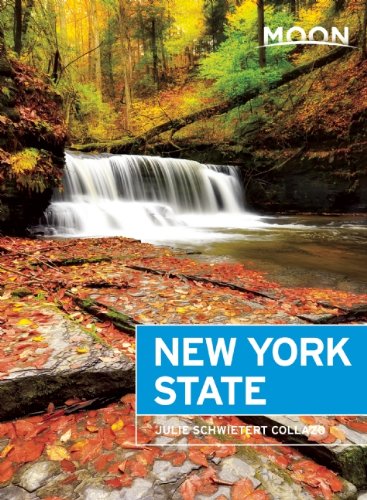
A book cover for Moon New York State (Moon Handbooks); Julie Schwietert Collazo; Travel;